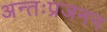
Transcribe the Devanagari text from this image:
अन्तःप्रजनन